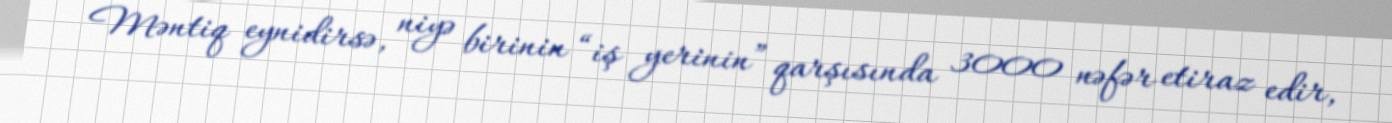
Məntiq eynidirsə, niyə birinin “iş yerinin” qarşısında 3000 nəfər etiraz edir,